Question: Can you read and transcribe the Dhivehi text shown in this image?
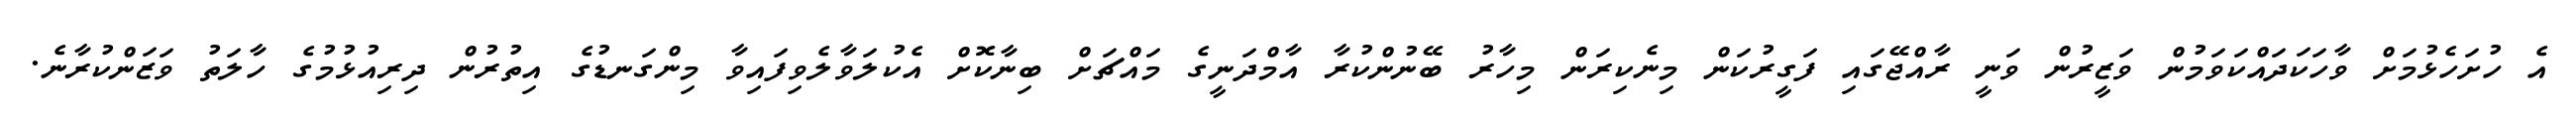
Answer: އެ ހުށަހެޅުމަށް ވާހަކަދައްކަވަމުން ވަޒީރުން ވަނީ ރާއްޖޭގައި ފަގީރުކަން މިނެކިރަން މިހާރު ބޭނުންކުރާ އާމްދަނީގެ މައްޗަށް ބިނާކޮށް އެކުލަވާލެވިފައިވާ މިންގަނޑުގެ އިތުރުން ދިރިއުޅުމުގެ ހާލަތު ވަޒަންކުރާނެ.